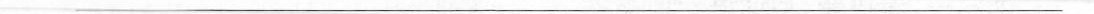
___